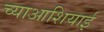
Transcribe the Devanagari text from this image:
च्याआशियाई